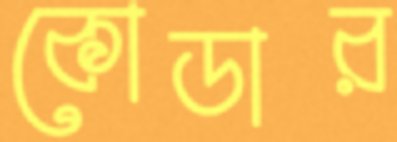
কোডার